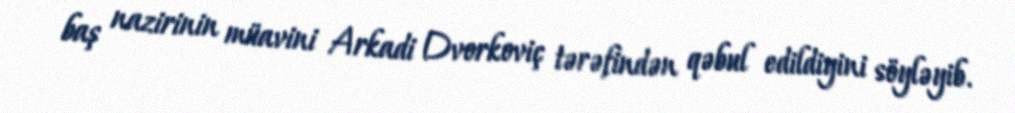
baş nazirinin müavini Arkadi Dvorkoviç tərəfindən qəbul edildiyini söyləyib.